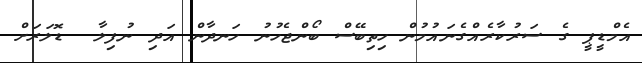
އެމްޑީޕީ ގެ ސަރުކާރެއްގެނައުމުން ހިތިބޭސް ބޯންޖެހުނު ހަނދާން އަދި ނުފިލާ  ޑޮލަރަށް